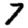
Digit: 7